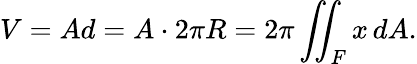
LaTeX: V=Ad=A\cdot 2\pi R=2\pi\iint_{F}x\, dA.